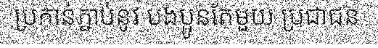
ប្រកាន់ភ្ជាប់នូវ បងប្អូនតែមួយ ប្រជាជន